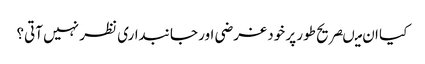
کیا ان میںصریح طور پر خود غرضی اور جانبداری نظر نہیں آتی؟